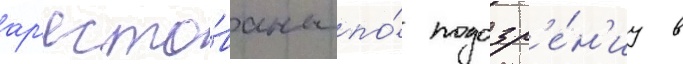
ар'есто́ваны по́ подозр'е́н'иу в